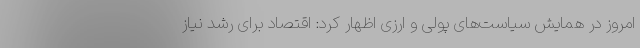
امروز در همایش سیاست‌های پولی و ارزی اظهار کرد: اقتصاد برای رشد نیاز